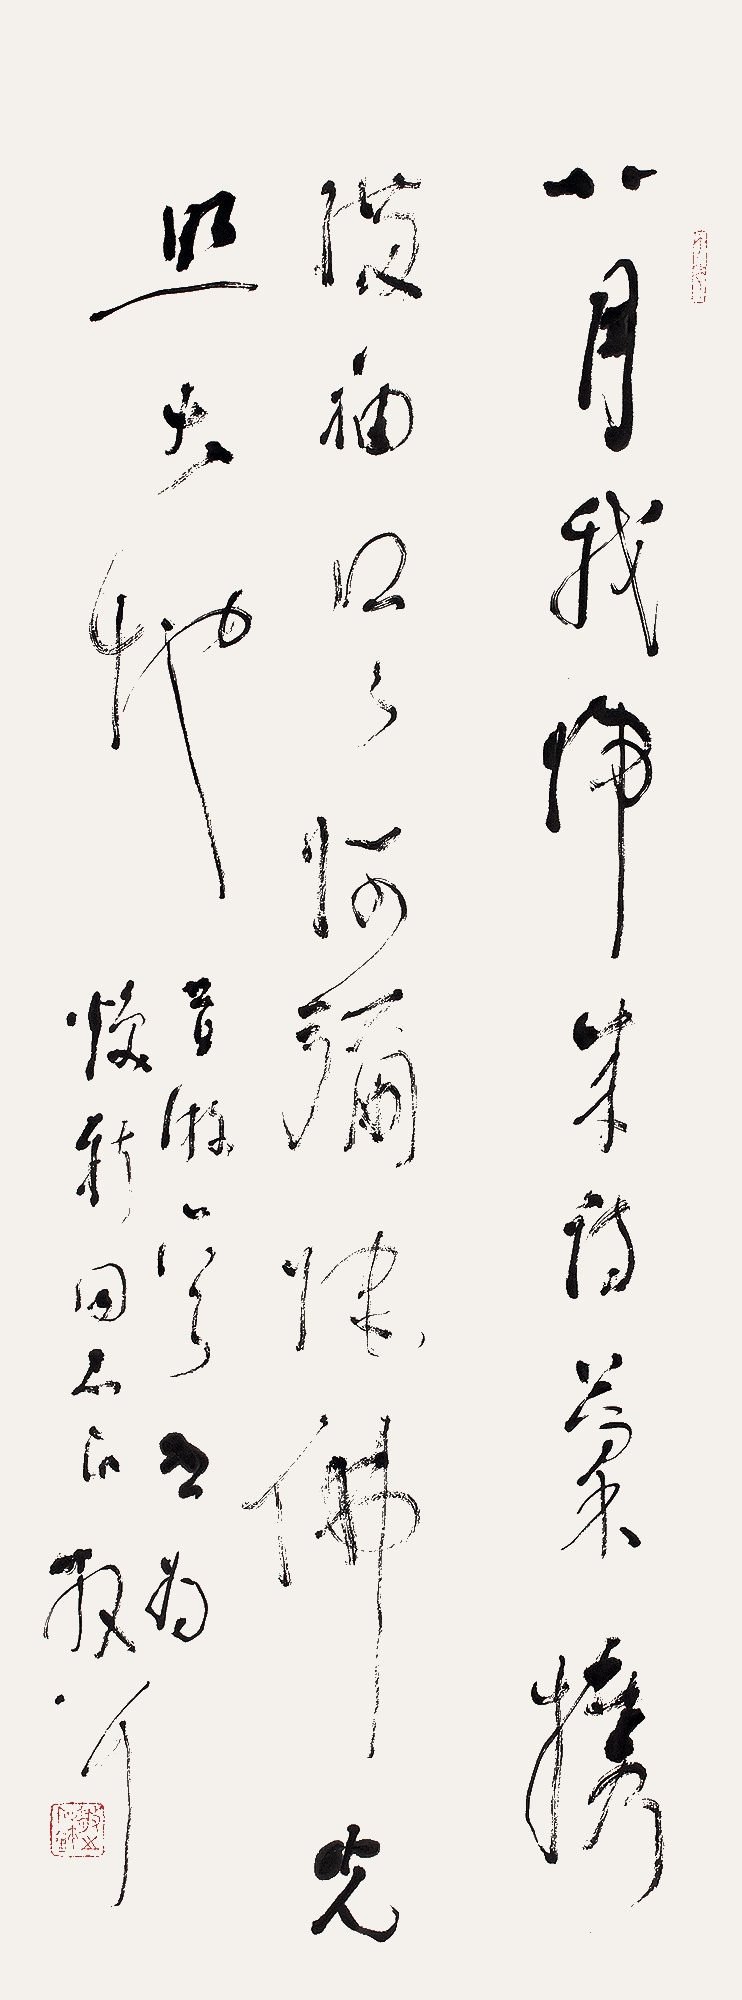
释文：八月我归来，诗稿携满袖。口口阿弥陀，佛光照大地。《昔游》一首，书为焕新同志正。散耳。